Vaccination in the Punjab 1867-1880 - 1867-1880
Year: 1867
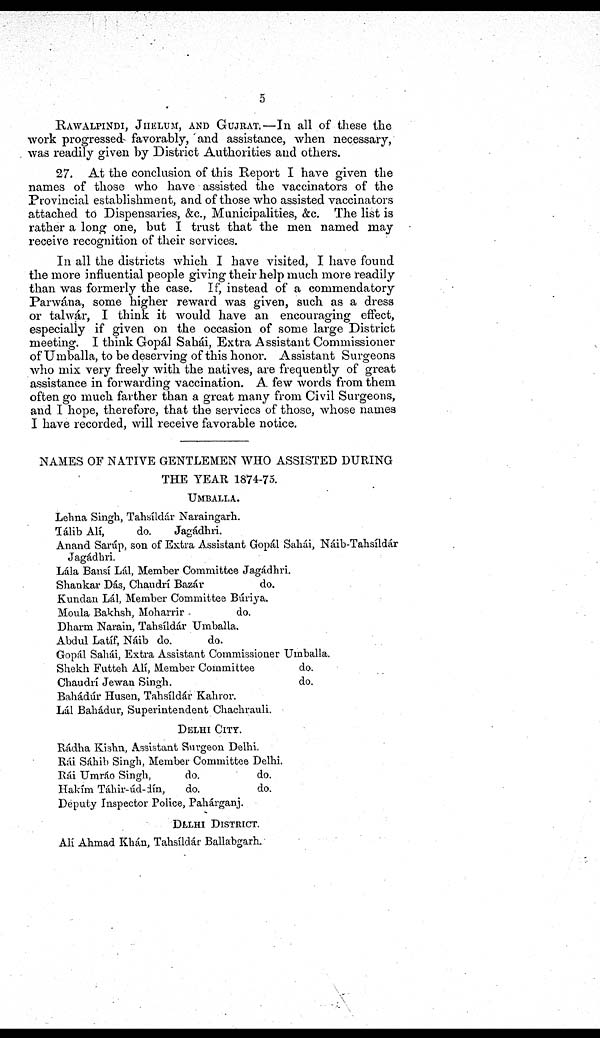
5
RAWALPINDI, JHELUM, AND GUJRAT.—In all of these the
work progressed favorably, and assistance, when necessary,
was readily given by District Authorities and others.
27. At the conclusion of this Report I have given the
names of those who have assisted the vaccinators of the
Provincial establishment, and of those who assisted vaccinators
attached to Dispensaries, &c., Municipalities, &c. The list is
rather a long one, but I trust that the men named may
receive recognition of their services.
In all the districts which I have visited, I have found
the more influential people giving their help much more readily
than was formerly the case. If, instead of a commendatory
Parwána, some higher reward was given, such as a dress
or talwár, I think it would have an encouraging effect,
especially if given on the occasion of some large District
meeting. I think Gopál Sahái, Extra Assistant Commissioner
of Umballa, to be deserving of this honor. Assistant Surgeons
who mix very freely with the natives, are frequently of great
assistance in forwarding vaccination. A few words from them
often go much farther than a great many from Civil Surgeons,
and I hope, therefore, that the services of those, whose names
I have recorded, will receive favorable notice.
NAMES OF NATIVE GENTLEMEN WHO ASSISTED DURING
THE YEAR 1874-75.
UMBALLA.
Lehna Singh, Tahsíldár Naraingarh.
Tálib Alí,
do.
Jagádhri.
Anand Sarúp, son of Extra Assistant Gopál Sahái, Náib-Tahsíldár
Jagádhri.
Lála Bansí Lái, Member Committee Jagádhri.
Shankar Dás, Chaudrí Bazár
do.
Kundan Lál, Member Committee Búriya.
Moula Bakhsh, Moharrir
do.
Dharm Narain, Tahsíldár Umballa.
Abdul Latíf, Náib do.
do.
Gopál Sahái, Extra Assistant Commissioner Umballa.
Shekh Futteh Alí, Member Committee
do.
Chaudrí Jewan Singh.
do.
Bahádúr Husen, Tahsílár Kahror.
Lál Bahádur, Superintendent Chachrauli.
DELHI CITY.
Rádha Kishn, Assistant Surgeon Delhi.
Rái Sáhib Singh, Member Committee Delhi.
Rái Umráo Singh,
do.
do.
Hakím Táhir-úd-din,
do.
do.
Deputy Inspector Police, Pahárganj.
DELHI DISTRICT.
Alí Ahmad Khán, Tahsíldár Ballabgarh.